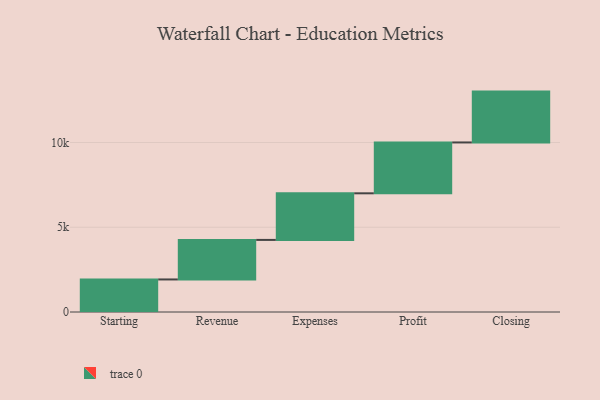
{"axis": {"x": "Step", "y": "Value"}, "legend": [""], "data": [{"x": "Starting", "y": 1920.0, "type": ""}, {"x": "Revenue", "y": 2333.0, "type": ""}, {"x": "Expenses", "y": 2749.0, "type": ""}, {"x": "Profit", "y": 3000, "type": ""}, {"x": "Closing", "y": 3000, "type": ""}]}